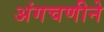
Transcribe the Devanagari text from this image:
अंगचणीने